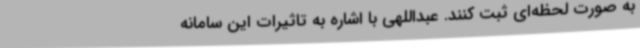
به صورت لحظه‌ای ثبت کنند. عبداللهی با اشاره به تاثیرات این سامانه